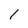
Character: l